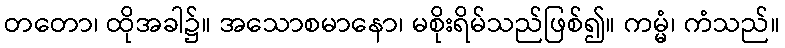
တတော၊ ထိုအခါ၌။ အသောစမာနော၊ မစိုးရိမ်သည်ဖြစ်၍။ ကမ္မံ၊ ကံသည်။